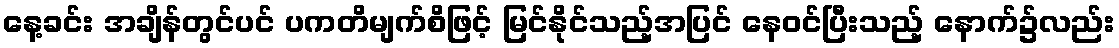
နေ့ခင်း အချိန်တွင်ပင် ပကတိမျက်စိဖြင့် မြင်နိုင်သည့်အပြင် နေဝင်ပြီးသည့် နောက်၌လည်း